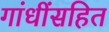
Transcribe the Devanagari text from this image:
गांधींसहित